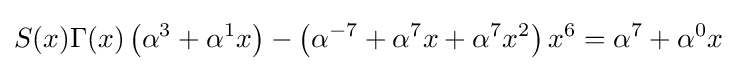
S(x)\Gamma (x)\left(\alpha ^{3}+\alpha ^{1}x\right)-\left(\alpha ^{-7}+\alpha ^{7}x+\alpha ^{7}x^{2}\right)x^{6}=\alpha ^{7}+\alpha ^{0}x